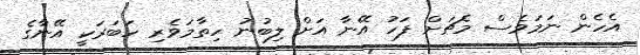
އެހެން ނަމަވެސް މެޗަށް ފަހު އޭނާ އަށް ލިބުނު ހިތާމަވެރި ހަބަރަކީ އޭނާގެ